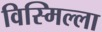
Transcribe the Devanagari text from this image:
विस्मिल्ला